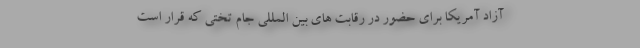
آزاد آمریکا برای حضور در رقابت های بین المللی جام تختی که قرار است